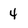
Character: 4